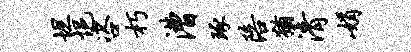
坦悒咨朽漕琢陪犹清娟